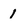
Character: 1